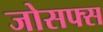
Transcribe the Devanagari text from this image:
जोसफ्स